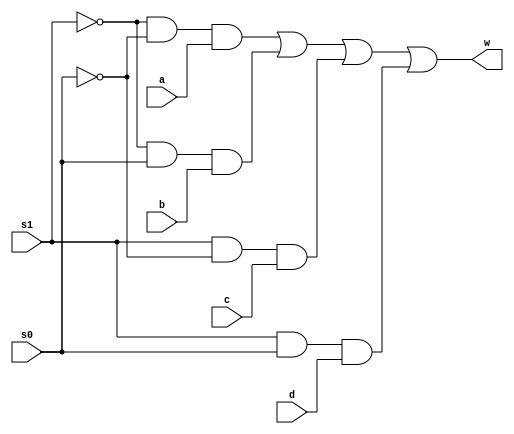
`timescale 1ns/1ns
module MUX4to1(input s0,s1,a,b,c,d,output w);
	assign #40 w = (~s1&~s0&a)|(~s1&s0&b)|(s1&~s0&c)|(s1&s0&d);
endmodule